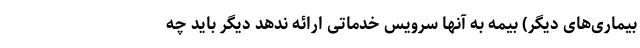
بیماری‌های دیگر) بیمه به آنها سرویس خدماتی ارائه ندهد دیگر باید چه